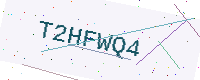
Text: T2HFWQ4